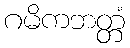
ဂမိကဘတ္တံ